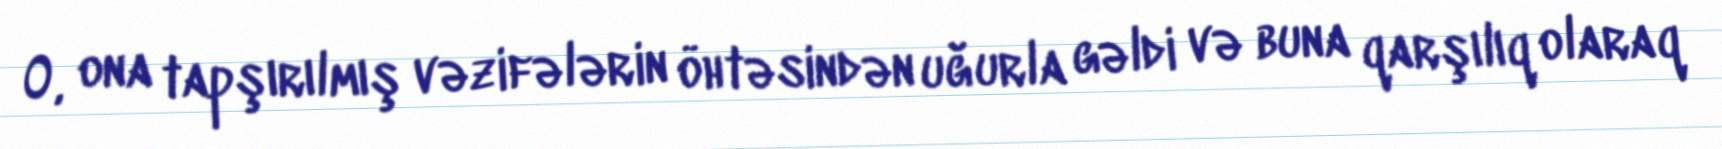
O, ona tapşırılmış vəzifələrin öhtəsindən uğurla gəldi və buna qarşılıq olaraq